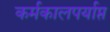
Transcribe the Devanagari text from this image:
कर्मकालपर्याप्त